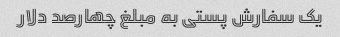
یک سفارش پستی به مبلغ چهارصد دلار